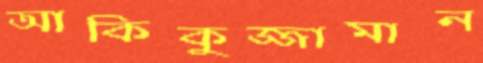
আকিকুজ্জামান